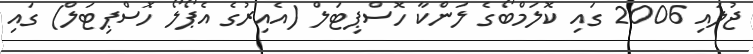
ޖުލައި 2006 ގައި ކޮލަމްބޯގެ ލަންކާ ހޮސްޕިޓަލް (އެއިރުގެ އެޕޯލޯ ހޮސްޕިޓަލް) ގައި